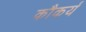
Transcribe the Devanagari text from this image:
कौकर्य